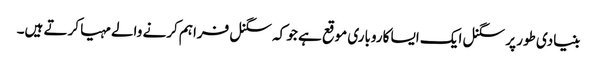
بنیادی طور پر سگنل ایک ایسا کاروباری موقع ہے جو کہ سگنل فراہم کرنے والے مہیا کرتے ہیں۔